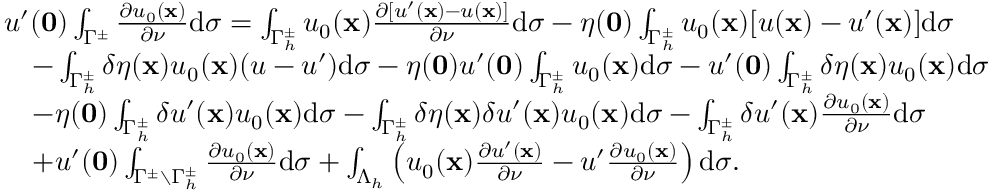
\begin{array} { r l } & { u ^ { \prime } ( \mathbf 0 ) \int _ { { \Gamma ^ { \pm } } } { { \frac { \partial { u _ { 0 } } ( \mathbf x ) } { \partial \nu } } } \mathrm d \sigma = \int _ { { \Gamma _ { h } ^ { \pm } } } { { u _ { 0 } ( \mathbf x ) } { \frac { \partial [ u ^ { \prime } ( \mathbf x ) - u ( \mathbf x ) ] } { \partial \nu } } } \mathrm d \sigma - \eta ( \mathbf 0 ) \int _ { { \Gamma _ { h } ^ { \pm } } } { { u _ { 0 } ( \mathbf x ) } [ u ( \mathbf x ) - u ^ { \prime } ( \mathbf x ) ] } \mathrm d \sigma } \\ & { \quad - \int _ { { \Gamma _ { h } ^ { \pm } } } \delta \eta ( \mathbf x ) { { u _ { 0 } ( \mathbf x ) } ( u - u ^ { \prime } ) } \mathrm d \sigma - \eta ( \mathbf 0 ) u ^ { \prime } ( \mathbf 0 ) \int _ { { \Gamma _ { h } ^ { \pm } } } { { u _ { 0 } } ( \mathbf x ) } \mathrm d \sigma - u ^ { \prime } ( \mathbf 0 ) \int _ { { \Gamma _ { h } ^ { \pm } } } \delta \eta ( \mathbf x ) { { u _ { 0 } } ( \mathbf x ) } \mathrm d \sigma } \\ & { \quad - \eta ( \mathbf 0 ) \int _ { { \Gamma _ { h } ^ { \pm } } } \delta { u ^ { \prime } } ( \mathbf x ) { u _ { 0 } } ( \mathbf x ) \mathrm d \sigma - \int _ { { \Gamma _ { h } ^ { \pm } } } \delta \eta ( \mathbf x ) \delta { u ^ { \prime } } ( \mathbf x ) { u _ { 0 } } ( \mathbf x ) \mathrm d \sigma - \int _ { { \Gamma _ { h } ^ { \pm } } } \delta { u ^ { \prime } ( \mathbf x ) { \frac { \partial { u _ { 0 } } ( \mathbf x ) } { \partial \nu } } } \mathrm d \sigma } \\ & { \quad + u ^ { \prime } ( \mathbf 0 ) \int _ { { \Gamma ^ { \pm } \setminus \Gamma _ { h } ^ { \pm } } } { { \frac { \partial { u _ { 0 } } ( \mathbf x ) } { \partial \nu } } } \mathrm d \sigma + \int _ { \Lambda _ { h } } \left( { { u _ { 0 } ( \mathbf x ) } { \frac { \partial u ^ { \prime } ( \mathbf x ) } { \partial \nu } } - u ^ { \prime } } { \frac { \partial { u _ { 0 } } ( \mathbf x ) } { \partial \nu } } \right) \mathrm d \sigma . } \end{array}